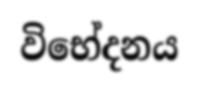
විභේදනය